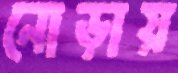
নোড়ায়